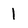
Character: l